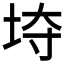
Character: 𱖡